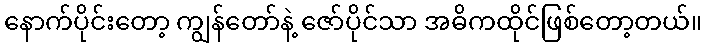
နောက်ပိုင်းတော့ ကျွန်တော်နဲ့ ဇော်ပိုင်သာ အဓိကထိုင်ဖြစ်တော့တယ်။